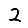
Digit: 2